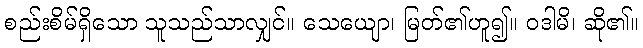
စည်းစိမ်ရှိသော သူသည်သာလျှင်။ သေယျော၊ မြတ်၏ဟူ၍။ ဝဒါမိ၊ ဆို၏။